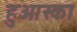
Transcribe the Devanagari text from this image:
हुआस्का